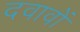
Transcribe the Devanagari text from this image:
दवावों